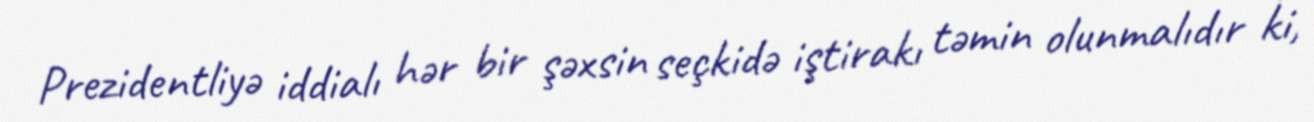
Prezidentliyə iddialı hər bir şəxsin seçkidə iştirakı təmin olunmalıdır ki,